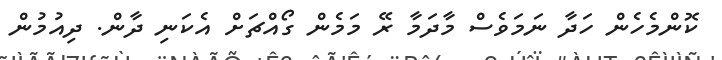
ކޮންމެހެން ހަދާ ނަމަވެސް މާދަމާ ރޭ މަމެން ގޯއްޗަށް އެކަނި ދާން. ދިއުމުން